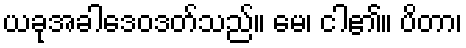
ယခုအခါဒေဝဒတ်သည်။ မေ၊ ငါ၏။ ပိတာ၊